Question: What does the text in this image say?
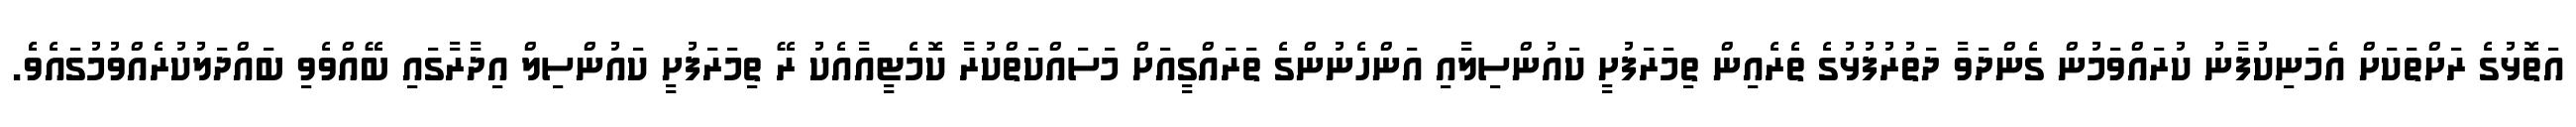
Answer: އަތޮޅުގެ ރަށްތަކަށް އެމަނިކުފާނު ކުރައްވަމުން ގެންދަވާ ދަތުރުފުޅުގެ ތެރެއިން ތިމަރަފުށީ ކައުންސިލާއި އަންހެނުންގެ ތަރައްގީއަށް މަސައްކަތްކުރާ ކޮމެޓީއާއެކު ރޭ ތިމަރަފުށީ ކައުންސިލް އިދާރާގައި ބޭއްވެވި ބައްދަލުކުރެއްވުމުގައެވެެ.